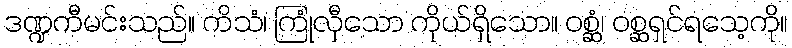
ဒဏ္ဍကီမင်းသည်။ ကိသံ၊ ကြုံလှီသော ကိုယ်ရှိသော။ ဝစ္ဆံ၊ ဝစ္ဆရှင်ရသေ့ကို။